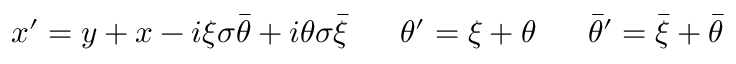
\begin{array} { l l l } { { x ^ { \prime } = y + x - i \xi \sigma \bar { \theta } + i \theta \sigma \bar { \xi } ~ } } & { { ~ \theta ^ { \prime } = \xi + \theta ~ } } & { { ~ \bar { \theta } ^ { \prime } = \bar { \xi } + \bar { \theta } } } \end{array}